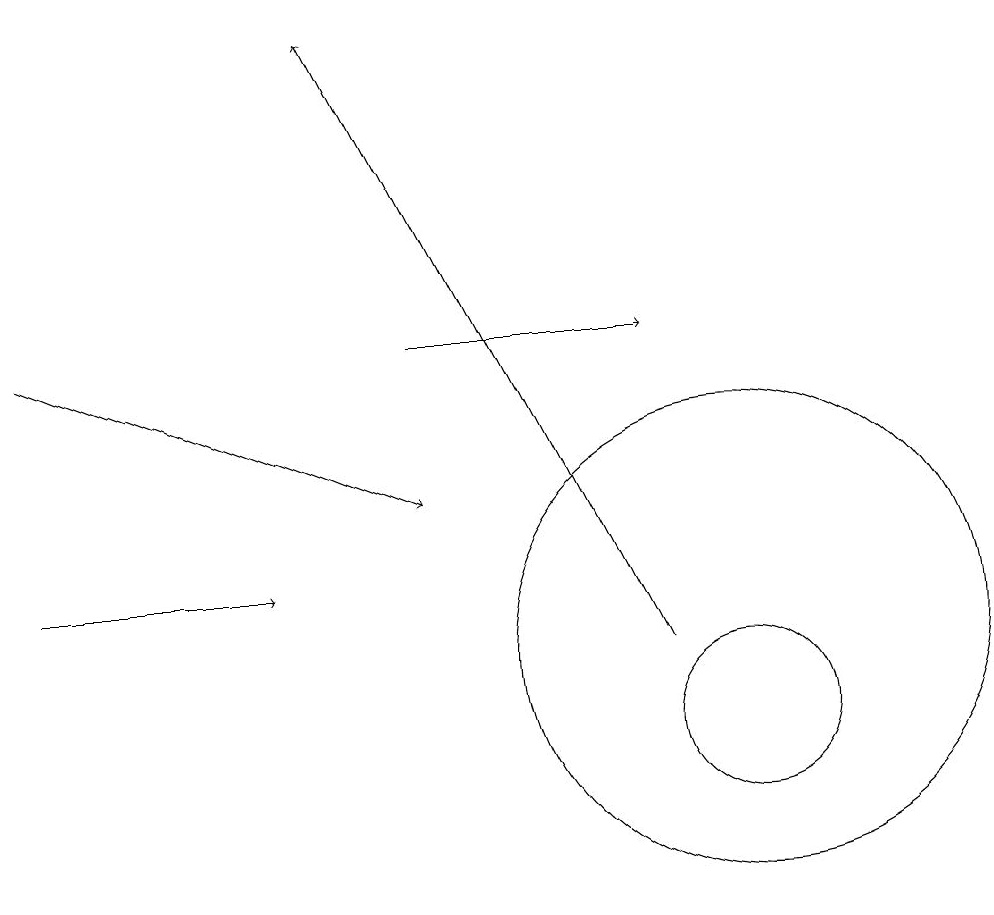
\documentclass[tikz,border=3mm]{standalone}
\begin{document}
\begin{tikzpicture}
\draw (10,11) circle (3);
\draw[->] (1,15) -- (6,13);
\draw (10,10) circle (1);
\draw[->] (6,15) -- (9,15);
\draw[->] (9,11) -- (5,19);
\draw[->] (1,12) -- (4,12);
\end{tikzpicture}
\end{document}